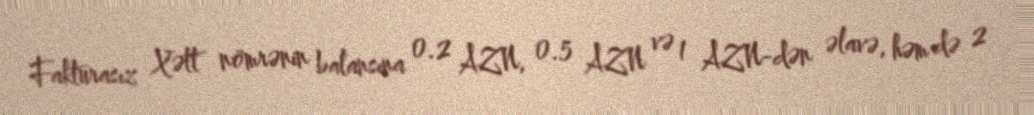
Fakturasız Xətt nömrənin balansına 0.2 AZN, 0.5 AZN və 1 AZN-dən əlavə, həm də 2